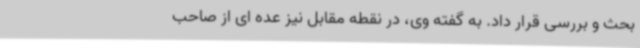
بحث و بررسی قرار داد. به گفته وی، در نقطه مقابل نیز عده ای از صاحب